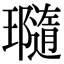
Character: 瓍